Studies on the mouth parts a Comparative anatomy of the proboscis in the blood-sucking muscidae - Number 60
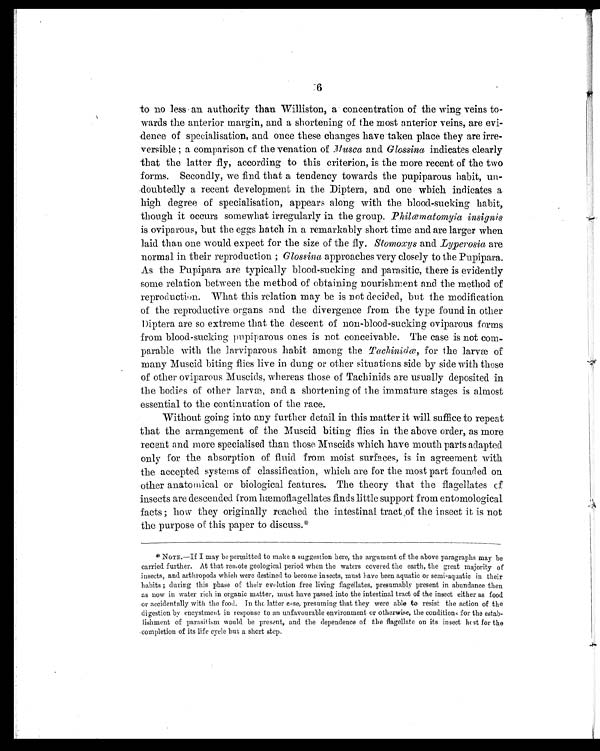
6
to no less an authority than Williston, a concentration of the wing veins to-
wards the anterior margin, and a shortening of the most anterior veins, are evi-
dence of specialisation, and once these changes have taken place they are irre-
versible; a comparison of the venation of Musca and Glossina indicates clearly
that the latter fly, according to this criterion, is the more recent of the two
forms. Secondly, we find that a tendency towards the pupiparous habit, un-
doubtedly a recent development in the Diptera, and one which indicates a
high degree of specialisation, appears along with the blood-sucking habit,
though it occurs somewhat irregularly in the group. Philœmatomyia insignis
is oviparous, but the eggs hatch in a remarkably short time and are larger when
laid than one would expect for the size of the fly. Stomoxys and Lyperosia are
normal in their reproduction; Glossina approaches very closely to the Pupipara.
As the Pupipara are typically blood-sucking and parasitic, there is evidently
some relation between the method of obtaining nourishment and the method of
reproductien. What this relation may be is not decided, but the modification
of the reproductive organs and the divergence from the type found in other
Diptera are so extreme that the descent of non-blood-sucking oviparous forms
from blood-sucking pupiparous ones is not conceivable. The case is not com-
parable with the larviparous habit among the Tachinidœ, for the larvæ of
many Muscid biting flies live in dung or other situations side by side with those
of other oviparous Muscids, whereas those of Tachinids are usually deposited in
the bodies of other larvæ and a shortening of the immature stages is almost
essential to the continuation of the race.
Without going into any further detail in this matter it will suffice to repeat
that the arrangement of the Muscid biting flies in the above order, as more
recent and more specialised than those Muscids which have mouth parts adapted
only for the absorption of fluid from moist surfaces, is in agreement with
the accepted systems of classification, which are for the most part founded on
other anatomical or biological features. The theory that the flagellates of
insects are descended from hæmoflagellates finds little support from entomological
facts; how they originally reached the intestinal tract ,of the insect it is not
the purpose of this paper to discuss.*
*NOTE.—If I may be permitted to make a suggestion here, the argument of the above paragraphs may be
carried further. At that remote geological period when the waters covered the earth, the great majority of
insects, and arthropods which were destined to become insects, must have been aquatic or semi-aquatic in their
habits; during this phase of their evolution free living flagellates, presumably present in abundance then
as now in water rich in organic matter, must have passed into the intestinal tract of the insect either as food
or accidentally with the fool. In thc latter case, presuming that they were able to resist the action of the
digestion by encystment iu response to an unfavourable environment or otherwise, the conditions for the estab-
lishment of parasitism would be present, and the dependence of the flagellate on its insect host for the
completion of its life cycle but a short step.